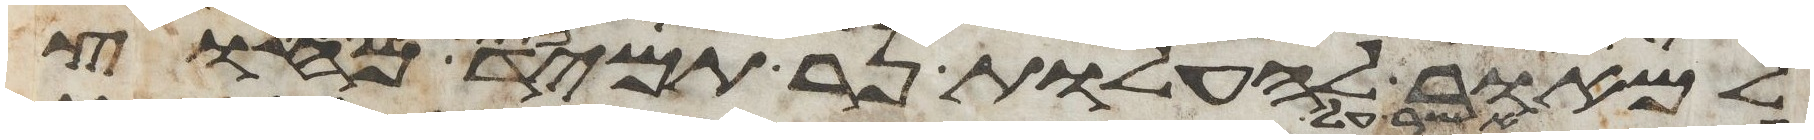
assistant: למאור להעלות נר תמיד מחוץ